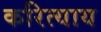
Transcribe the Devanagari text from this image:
करित्याय